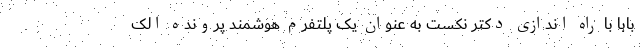
بابا با راه اندازی دکتر نکست به عنوان یک پلتفرم هوشمند پرونده الک